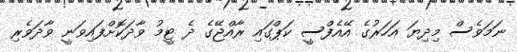
ނަމަވެސް މިދިޔަ އަހަރުގެ އޭއެފްސީ ކަޕްގައި ރާއްޖޭގެ ދެ ޓީމު ވާދަކޮށްފައިވަނީ ވާދަވެރި